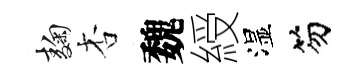
麹杏魏綬湿笏